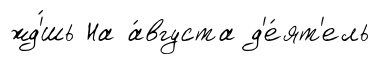
жд'́шь На а́вгуста д'е́ят'ель